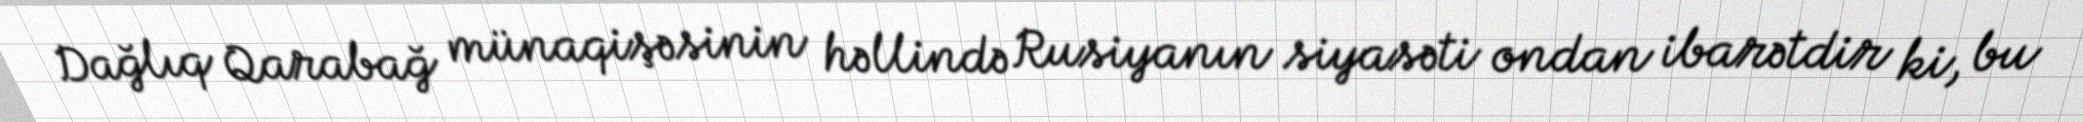
Dağlıq Qarabağ münaqişəsinin həllində Rusiyanın siyasəti ondan ibarətdir ki, bu